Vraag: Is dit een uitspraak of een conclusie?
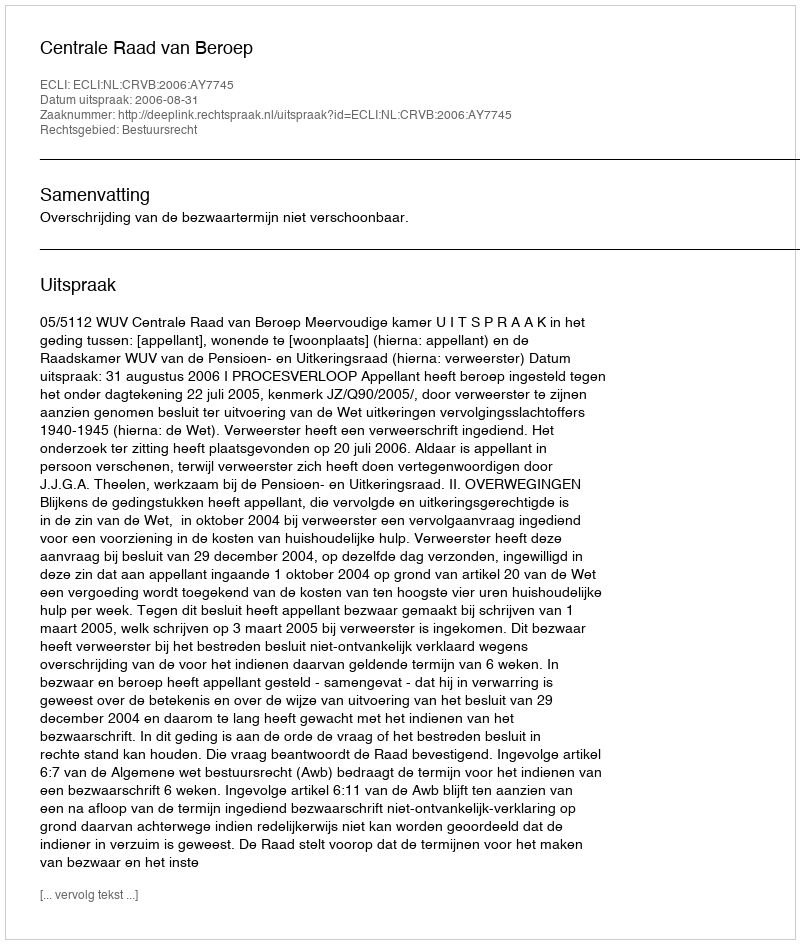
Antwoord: Uitspraak